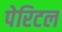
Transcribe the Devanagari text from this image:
पेरिटल